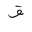
Letter: _qaf